Memorandum on the prevention of leprosy by segregation of the affected
Disease focus: Leprosy
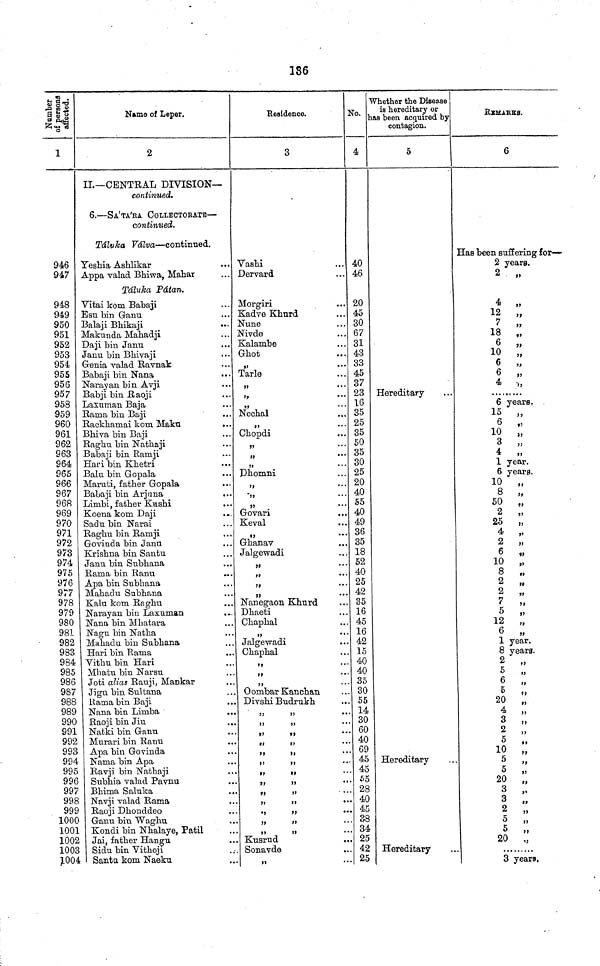
136
Number
of persons
affected.
1
946
947
948
949
950
951
952
953
954
955
956
957
958
959
960
961
962
963
964
965
966
967
968
969
970
971
972
973
974
975
976
977
978
979
980
981
982
983
984
985
986
987
988
989
990
991
992
993
994
995
996
997
998
999
1000
1001
1002
1003
2.004
Name of Leper.
2
IL—CENTRAL DIVISION—
continued.
6.—SA'TA'RA COLLECTORATE—
continued.
Táluka Valva—continued.
Yeshia Ashlikar
Appa valad Bhiwa, Mahar
Táluka Pátan.
Vitai kom Babaji
Esu bin Ganu
Balaji Bhikaji
Makunda Mahadji
Daji bin Janu
Janu bin Bhivaji
Genia valad Ravnak
Babaji bin Nana
Narayan bin Avji
Babji bin Raoji
Laxuman Baja
Rama bin Baji
Rackhamai kom Maku
...
Bhiva bin Baji
Raghu bin Nathaji
Babaji bin Ramji
Hari bin Khetri
Balu bin Gopala
Maruti, father Gopala
Babaji bin Arjuna
Limbi, father Kushi
Koena kom Daji
...
Sadu bin Narai
Raghu bin Ramji
Govinda bin Janu
Krishna bin Santu
Janu bin Subhana
Rama bin Ranu
Apa bin Subhana
Mahadu Subhana
Kalu kom Raghu
Narayan bin Laxuman
Nana bin M hatara
Nagu bin Natha
Mahadu bin Subhana
Hari bin Rama
Vithu bin Hari
Mhatu bin Narsu
Joti alias Rauji, Mankar
Jigu bin Sultana
Rama bin Baji
Nana bin Limba
..
Raoji bin Jiu
Natki bin Ganu
Murari bin Ranu
Apa bin Govinda
Nama bin Apa
Ravji bin Nathaji
Subhia valad Pavnu
Bhima Saluka
Navji valad Rama
Raoji Dhonddeo
Ganu bin Waghu
Kondi bin Nhalaye, Patil
Jai, father Hangu
Sidu bin Vithoji
Santu kom Naeku
Residence.
3
Vashi
Dervard
Morgiri
Kadve Khurd
Nune
Nivde
Kalambe
Ghot
,,
••*
Tarle
»>
,,
Nechal
,,
•«.
Chopdi
,,
»
•••
,,
• • •
Dhomni
,,
-,,
,,
• • •
Govari
Keval
,,
•••
Ghanav
Jalgewadi
,,
* * *
ft
• •'
10
•• •
,,
" • '
Nanegaon Khurd
Dhaeti
Chaphal
,,
* *
Jalgewadi
Chaphal
,,
' •
• •
,,
Oombar Kanchan
Divshi Budrukh
,,
>)
••
>>
,,
••
,,
,,
**
,,
,,
* *
,,
»»
,, ,,
,, ,,
,,
,,
••
,,
,,
"'
,,
,,
••
,,
,,
**
,,
>»
,,
>>
Kusrud
Sonavde
,,
••
No.
4
40
46
20
45
30
67
31
43
33
45
37
23
16
35
25
35
50
35
30
25
20
40
55
40
49
36
35
18
52
40
25
42
35
16
45
16
42
15
40
40
35
30
55
14
30
60
40
69
45
45
55
28
40
45
38
34
25
42
25
Whether the Disease
is hereditary or
has been acquired by
contagion.
5
Hereditary
Hereditary
Hereditary
REMARKS.
6
Has been suffering for—
2 years.
2 „
4 „
12 „
7 „
18 „
6 ,,
10 „
6 „
6 „
4
„
6 years.
15 „
6 „
10 „
3 „
4 „
1 year.
6 years.
10 „
8 „
50 „
2 „
25 „
4 „
2 ,,
6 „
10 „
8 „
2 „
2 „
7 „
5 „
12 „
6 „
1 year.
8 years.
2 „
5 „
6 „
5 „
20 „
4 „
3 ,,
2 „
5
,,
10 „
5 „
5 „
20 „
3 ,.
3 „
2 „
5 „
5 „
20 „
3 years.